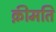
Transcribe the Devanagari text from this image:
क़ीमति